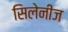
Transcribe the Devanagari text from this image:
सिलेनीज